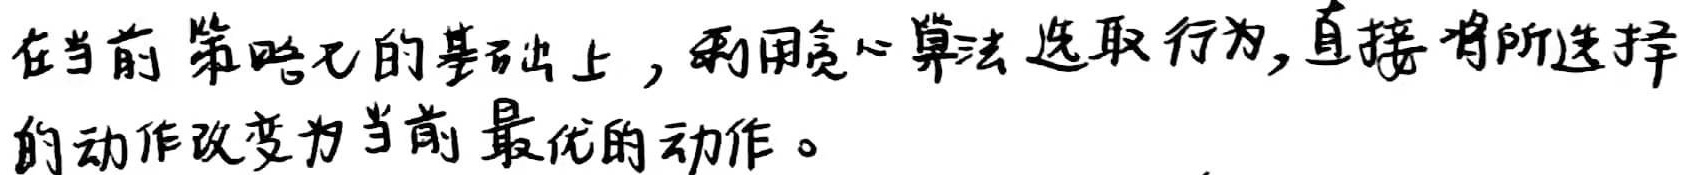
在当前策略π的基础上，利用贪心算法选取行为，直接将所选择的动作改变为当前最优的动作。